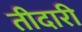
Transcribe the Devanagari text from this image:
तीदारी